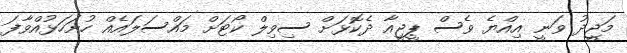
މަޖީދު ވަނީ އިއްޔެ ވެސް ޕީޖީއާ ދެކޮޅަށް ސިވިލް ކޯޓަށް މައްސަލައެއް ހުށަހަޅުއްވާފަ